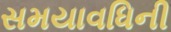
સમયાવધિની